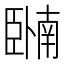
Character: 𬛩